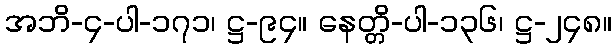
အဘိ-၄-ပါ-၁၇၁၊ ဋ္ဌ-၉၄။ နေတ္တိ-ပါ-၁၃၆၊ ဋ္ဌ-၂၄၈။